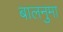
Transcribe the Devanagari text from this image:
बालनुमा